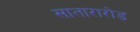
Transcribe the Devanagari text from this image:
सातारारोड